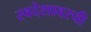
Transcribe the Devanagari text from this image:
स्वदेशावरची